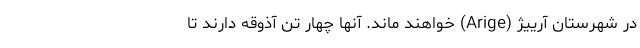
در شهرستان آرییژ (Arige) خواهند ماند. آنها چهار تن آذوقه دارند تا